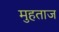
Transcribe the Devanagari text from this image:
मुहताज